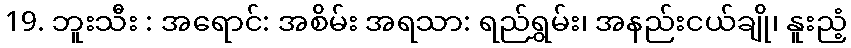
19. ဘူးသီး : အရောင်: အစိမ်း အရသာ: ရည်ရွှမ်း၊ အနည်းငယ်ချို၊ နူးညံ့